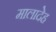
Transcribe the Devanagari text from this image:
मालादेह